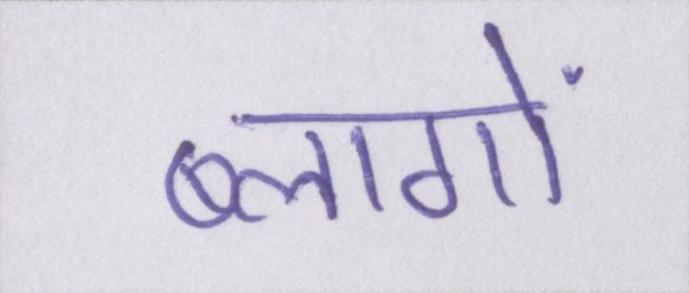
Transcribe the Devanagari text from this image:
ब्लागों